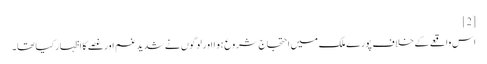
[2]
اس واقعے کے خلاف پورے ملک میں احتجاج شروع ہوا اور لوگوں نے شدید غم اور غصے کا اظہار کیا تھا۔